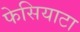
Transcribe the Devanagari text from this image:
फेसियाटा